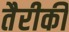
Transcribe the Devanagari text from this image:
तैरीकी